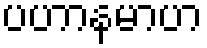
ပဟာနမာဟ